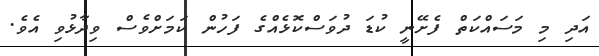
އަދި މި މަސައްކަތް ފެށޭނީ ކުޑަ ދުވަސްކޮޅެއްގެ ފަހުން ކަމަށްވެސް ވިދާޅުވި އެވެ.